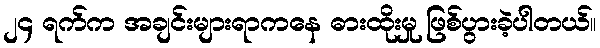
၂၄ ရက်က အချင်းများရာကနေ ဓားထိုးမှု ဖြစ်ပွားခဲ့ပါတယ်။